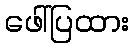
ဖေါ်ပြထား